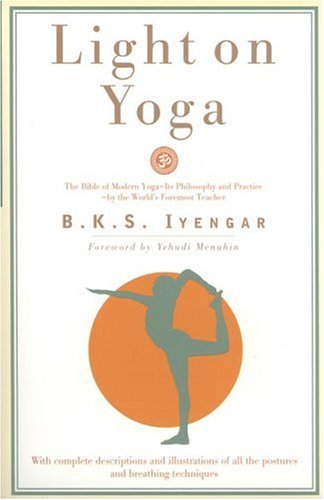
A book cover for Light on Yoga: Yoga Dipika; B. K. S. Iyengar; Health, Fitness & Dieting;